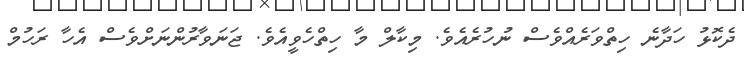
ދެކޮޅު ހަދާނެ ހިތްވަރެއްވެސް ނުހުރެއެވެ. މިކާލް މާ ހިތްހެވީއެވެ. ޖަނަވާރުންނަށްވެސް އެހާ ރަހުމް